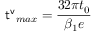
{ \sf t ^ { v } } _ { m a x } = \frac { 3 2 \pi t _ { 0 } } { \beta _ { 1 } e }